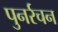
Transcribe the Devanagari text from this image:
पुनर्रचन